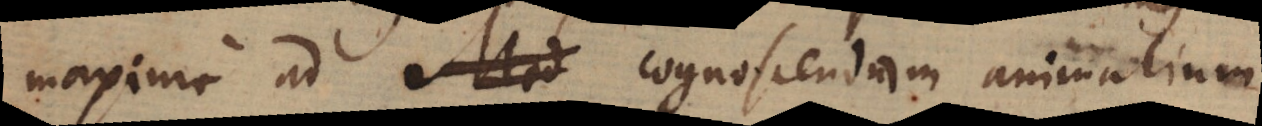
maxime ad Mad cognoscendam animalium